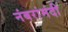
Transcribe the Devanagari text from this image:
नंबरांमंदी